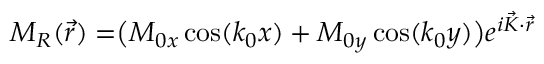
M _ { R } ( \vec { r } ) = \bigr ( M _ { 0 x } \cos ( k _ { 0 } x ) + M _ { 0 y } \cos ( k _ { 0 } y ) \bigr ) e ^ { i \vec { K } \cdot \vec { r } }